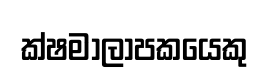
ක්ෂමාලාපකයෙකු